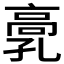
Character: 𩫂